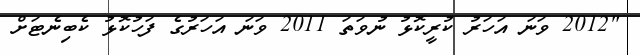
"2012 ވަނަ އަހަރު ކުރީކޮޅު ނުވަތަ 2011 ވަނަ އަހަރުގެ ފަހުކޮޅު ކެބިނެޓަށް